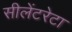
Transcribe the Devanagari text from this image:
सीलेंटरेटा